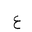
Letter: _ayn